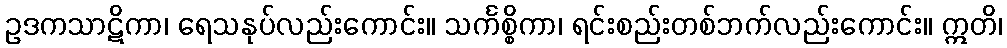
ဥဒကသာဋိကာ၊ ရေသနုပ်လည်းကောင်း။ သင်္ကစ္စိကာ၊ ရင်းစည်းတစ်ဘက်လည်းကောင်း။ ဣတိ၊